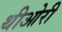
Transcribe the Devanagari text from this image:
थीओरी